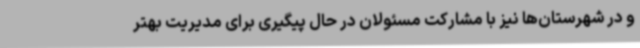
و در شهرستان‌ها نیز با مشارکت مسئولان در حال پیگیری برای مدیریت بهتر